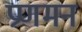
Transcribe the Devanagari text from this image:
प्रणमन